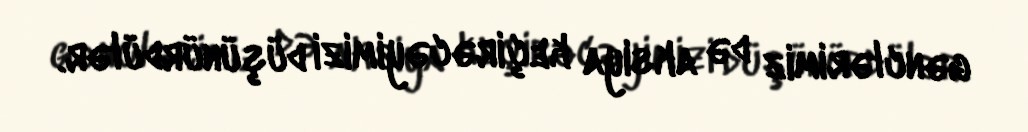
gənclərimiz də aksiya keçirəcəyimizi düşünürdülər.